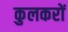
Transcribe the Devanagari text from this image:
कुलकरों